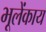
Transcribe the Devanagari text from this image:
भूलेंकाय